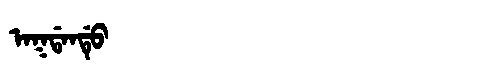
Manchu: ᠠᡴᡩᠠᠨᡩᡠ
Romanization: AKDANDU